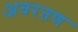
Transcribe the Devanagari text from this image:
अवरतण